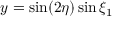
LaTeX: y = \sin ( 2 \eta ) \sin \xi _ { 1 }